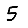
Digit: 5